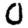
Digit: 0